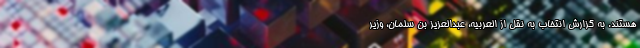
هستند. به گزارش انتخاب به نقل از العربیه، عبدالعزیز بن سلمان، وزیر